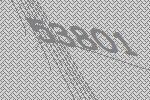
53801